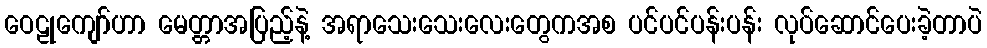
ဝေဠုကျော်ဟာ မေတ္တာအပြည့်နဲ့ အရာသေးသေးလေးတွေကအစ ပင်ပင်ပန်းပန်း လုပ်ဆောင်ပေးခဲ့တာပဲ